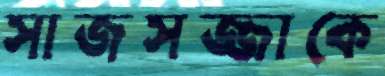
সাজসজ্জাকে